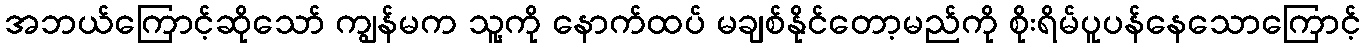
အဘယ်ကြောင့်ဆိုသော် ကျွန်မက သူ့ကို နောက်ထပ် မချစ်နိုင်တော့မည်ကို စိုးရိမ်ပူပန်နေသောကြောင့်